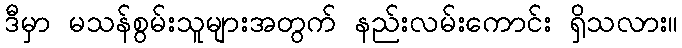
ဒီမှာ မသန်စွမ်းသူများအတွက် နည်းလမ်းကောင်း ရှိသလား။